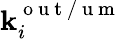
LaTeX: \mathbf{k}_{i}^{\mathrm{{~o~u~t~/~u~m~}}}